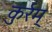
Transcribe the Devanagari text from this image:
कुर्रम्